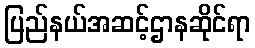
ပြည်နယ်အဆင့်ဌာနဆိုင်ရာ